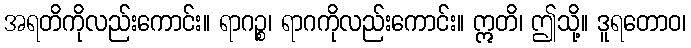
အရတိကိုလည်းကောင်း။ ရာဂဉ္စ၊ ရာဂကိုလည်းကောင်း။ ဣတိ၊ ဤသို့။ ဒူရတောဝ၊